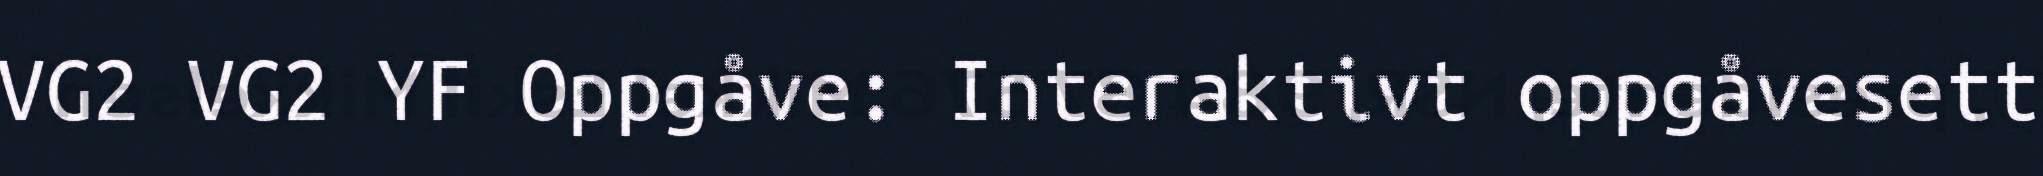
VG2 VG2 YF Oppgåve: Interaktivt oppgåvesett